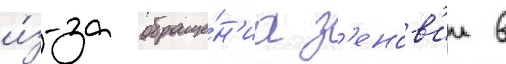
и́з-за обраще́н'иа з'енов'ии в